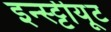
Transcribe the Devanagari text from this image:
इन्स्ट्टीयूट